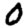
Digit: 0